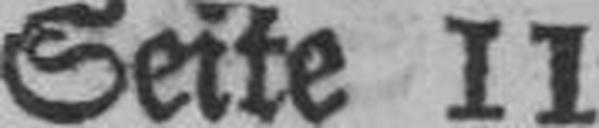
Seite 11